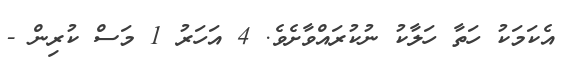
އެކަމަކު ހަތާ ހަލާކު ނުކުރައްވާށެވެ. 4 އަހަރު 1 މަސް ކުރިން -